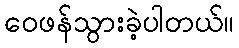
ဝေဖန်သွားခဲ့ပါတယ်။